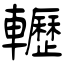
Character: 轣